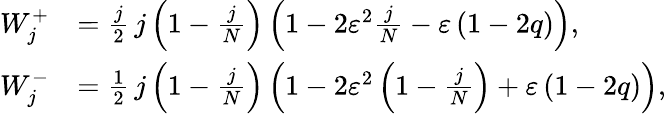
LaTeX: \begin{array}{rl}{W_{j}^{+}}&{=\frac{j}{2}\thinspace j\left(1-\frac{j}{N}\right)\left(1-2\varepsilon^{2}\frac{j}{N}-\varepsilon\left(1-2q\right)\right),}\\ {W_{j}^{-}}&{=\frac{1}{2}\thinspace j\left(1-\frac{j}{N}\right)\left(1-2\varepsilon^{2}\left(1-\frac{j}{N}\right)+\varepsilon\left(1-2q\right)\right),}\end{array}